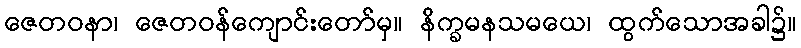
ဇေတဝနာ၊ ဇေတဝန်ကျောင်းတော်မှ။ နိက္ခမနသမယေ၊ ထွက်သောအခါ၌။